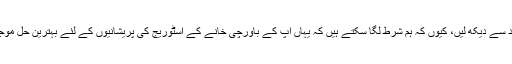
کیوں نہ آئیں اور خود سے دیکھ لیں، کیوں کہ ہم شرط لگا سکتے ہیں کہ یہاں آپ کے باورچی خانے کے اسٹوریج کی پریشانیوں کے لئے بہترین حل موجود ہیں، ٹھیک یہاں!